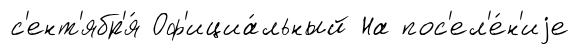
с'ент'ябр'я́ Оф'ициа́льный На пос'ел'е́н'иjе